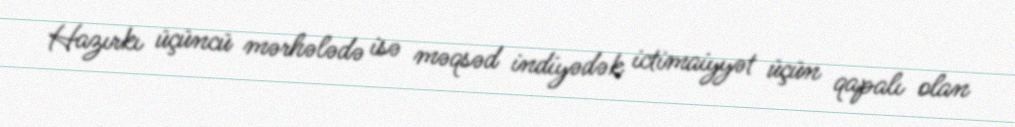
Hazırkı üçüncü mərhələdə isə məqsəd indiyədək ictimaiyyət üçün qapalı olan